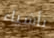
بأشياء